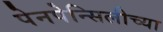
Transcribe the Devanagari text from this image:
पेनपेन्सिलीच्या